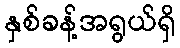
နှစ်ခန့်အရွယ်ရှိ